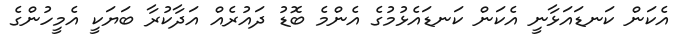
އެކަން ކަނޑައަޅާނީ އެކަން ކަނޑައެޅުމުގެ އެންމެ ބޮޑު ދައުރެއް އަދާކުރާ ބަޔަކީ އެމީހުންގެ